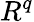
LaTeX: R^{q}